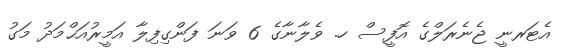
އެޓަރނީ ޖެނެރަލްގެ އޮފީސް ހ. ވެލާނާގެ 6 ވަނަ ފަންގިފިލާ އަމީރުއަޙްމަދު މަގު